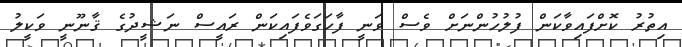
އިތުރު ކޮށްފައިވާކަން ފުލުހުންނަށް ވެސް ވަނީ ފާހަގަވެފައިކަން ރައީސް ނަޝީދުގެ ޤާނޫނީ ވަކީލު